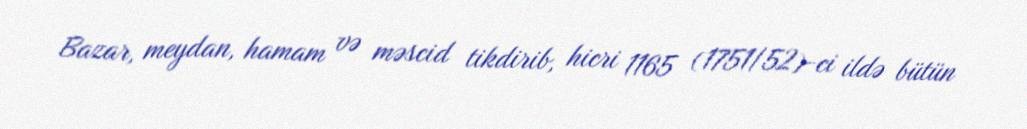
Bazar, meydan, hamam və məscid tikdirib, hicri 1165 (1751/52)-ci ildə bütün